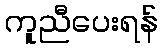
ကူညီပေးရန်